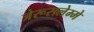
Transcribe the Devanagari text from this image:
जेरूसलेम्मे